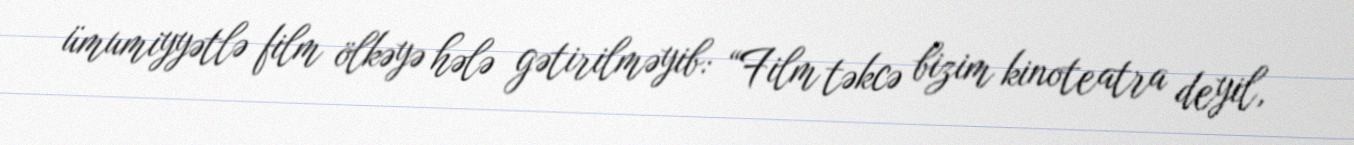
ümumiyyətlə film ölkəyə hələ gətirilməyib: “Film təkcə bizim kinoteatra deyil,